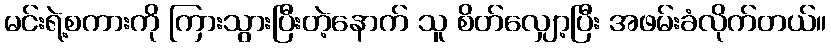
မင်းရဲ့စကားကို ကြားသွားပြီးတဲ့နောက် သူ စိတ်လျှော့ပြီး အဖမ်းခံလိုက်တယ်။